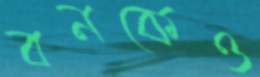
বনকেও